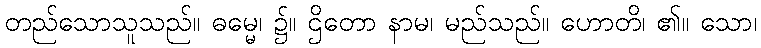
တည်သောသူသည်။ ဓမ္မေ၊ ၌။ ဌိတော နာမ၊ မည်သည်။ ဟောတိ၊ ၏။ သော၊